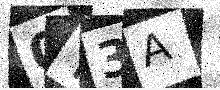
Text: 0Y3A